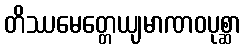
တိဿမေတ္တေယျမာဏဝပုစ္ဆာ